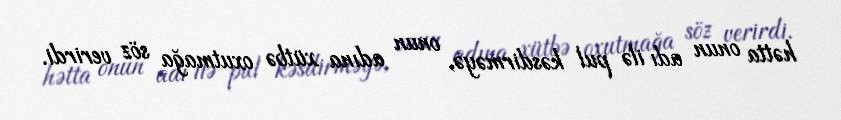
hətta onun adı ilə pul kəsdirməyə, onun adına xütbə oxutmağa söz verirdi.